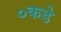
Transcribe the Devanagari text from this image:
०कडे